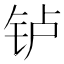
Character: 𬬻